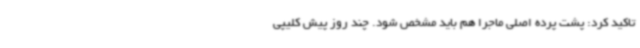
تاکید کرد: پشت پرده اصلی ماجرا هم باید مشخص شود. چند روز پیش کلیپی